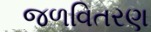
જળવિતરણ